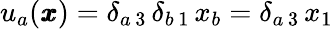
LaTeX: u_{a}({\pmb x})=\delta_{a\, 3}\, \delta_{b\, 1}\, x_{b}=\delta_{a\, 3}\, x_{1}